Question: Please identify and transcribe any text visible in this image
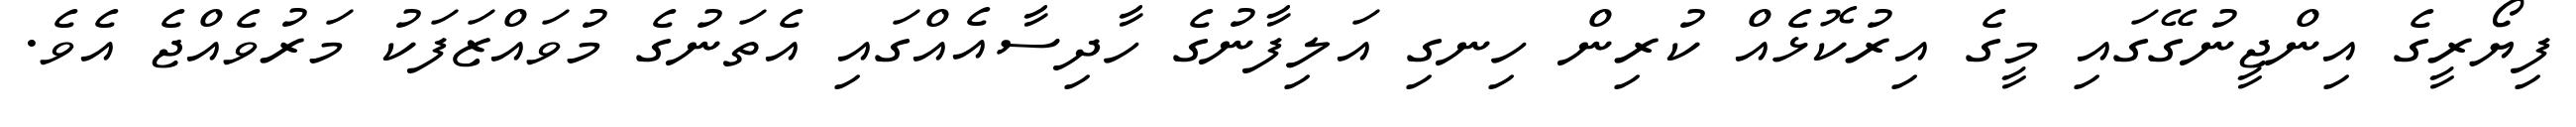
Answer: ފިޔޯރީގެ އިންޖީނުގޭގައި މީގެ އިރުކޮޅެއް ކުރިން ހިނގި އަލިފާނުގެ ހާދިސާއެއްގައި އެތަނުގެ މުވައްޒަފަކު މަރުވެއްޖެ އެވެ.